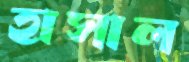
হাসাল